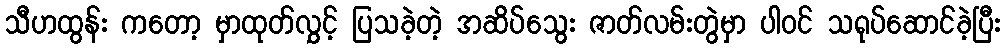
သီဟထွန်း ကတော့ မှာထုတ်လွှင့် ပြသခဲ့တဲ့ အဆိပ်သွေး ဇာတ်လမ်းတွဲမှာ ပါဝင် သရုပ်ဆောင်ခဲ့ပြီး